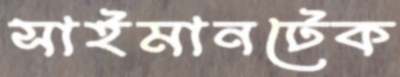
সাইমানটেক